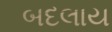
બદલાય